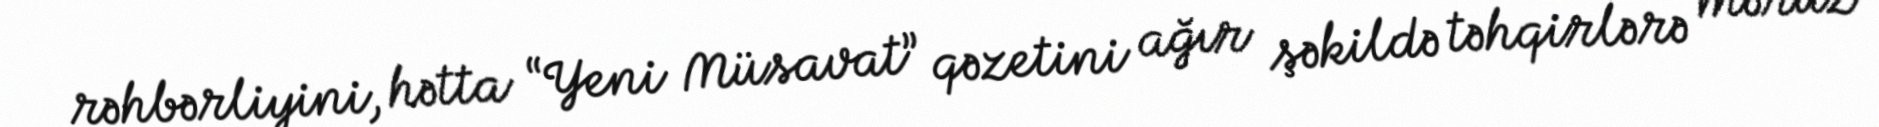
rəhbərliyini, hətta “Yeni Müsavat” qəzetini ağır şəkildə təhqirlərə məruz